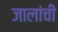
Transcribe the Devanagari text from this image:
जालांची